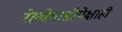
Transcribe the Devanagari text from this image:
रेल्वेगाडीपेक्षाही